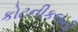
કોટનીકલની